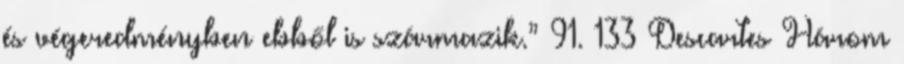
és végeredményben ebből is származik.” 91. 133 Descartes Három